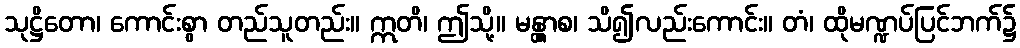
သုဋ္ဌိတော၊ ကောင်းစွာ တည်သူတည်း။ ဣတိ၊ ဤသို့။ မန္တွာစ၊ သိ၍လည်းကောင်း။ တံ၊ ထိုမဏ္ဍပ်ပြင်ဘက်၌